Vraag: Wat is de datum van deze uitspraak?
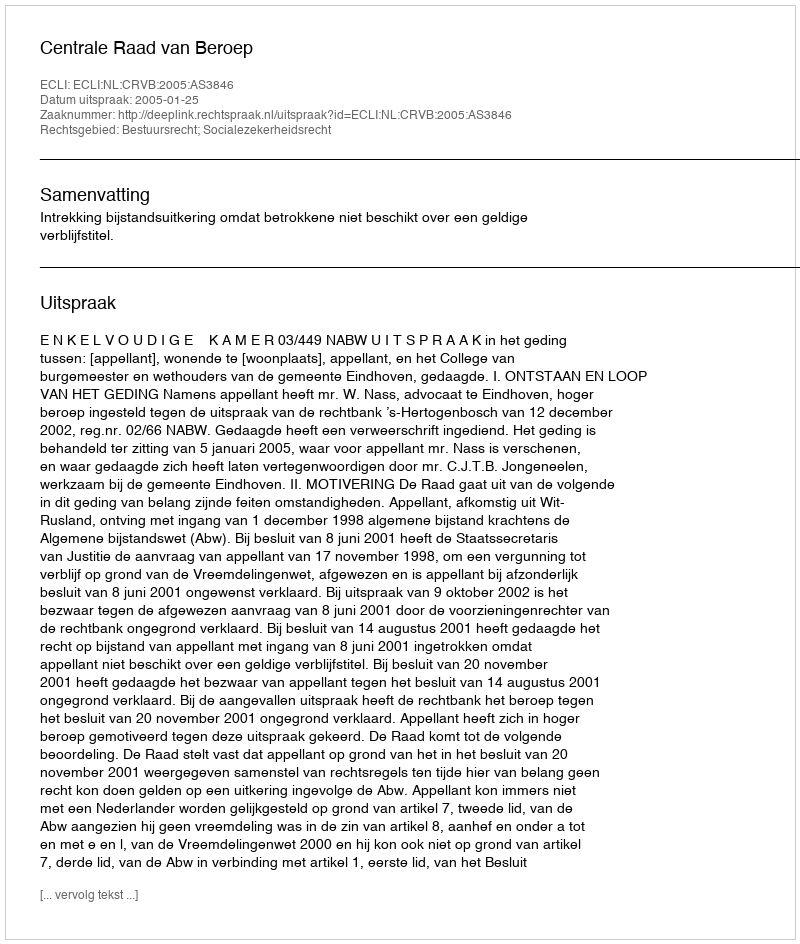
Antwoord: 2005-01-25